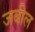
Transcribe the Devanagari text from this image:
जबील